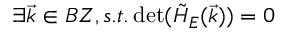
\exists \vec { k } \in B Z , s . t . \operatorname* { d e t } ( \tilde { H } _ { E } ( \vec { k } ) ) = 0